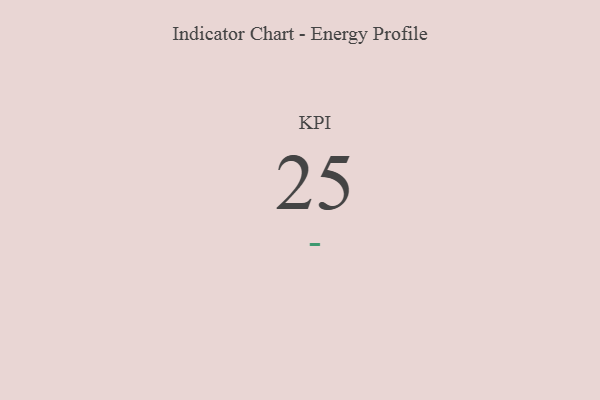
{"axis": {"x": "KPI", "y": "Value"}, "legend": [""], "data": [{"x": "KPI", "y": 25, "type": ""}]}